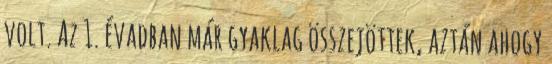
volt. Az 1. évadban már gyaklag összejöttek, aztán ahogy